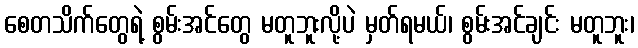
စေတသိက်တွေရဲ့ စွမ်းအင်တွေ မတူဘူးလို့ပဲ မှတ်ရမယ်၊ စွမ်းအင်ချင်း မတူဘူး၊